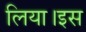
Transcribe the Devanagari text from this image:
लिया।इस